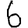
Digit: 6